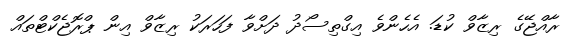
ރާއްޖޭގެ ރިޒާވް ކުޑަ. އެހެންވެ އިގްތިސޯދު ދަށްވާ ފަހަރަކު ރިޒާވް އިން ޕްރޮޖެކްޓްތައް